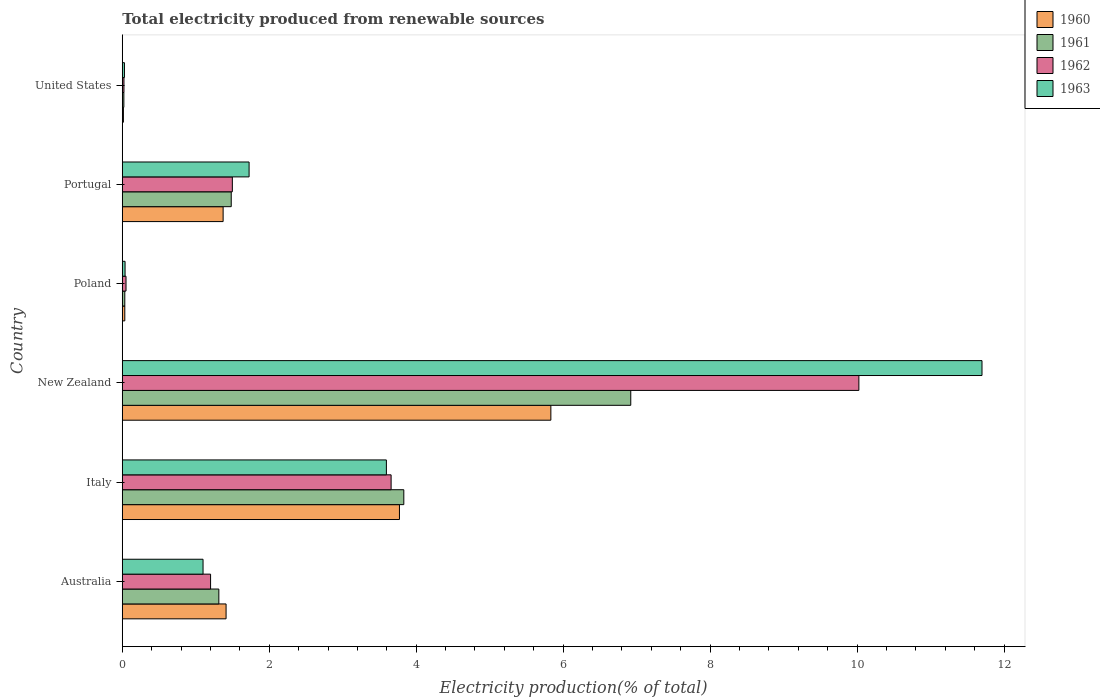
| Country | 1960 | 1961 | 1962 | 1963 |
 | --- | --- | --- | --- | --- |
 | Australia | 1.41 | 1.31 | 1.2 | 1.1 |
 | Italy | 3.77 | 3.83 | 3.66 | 3.59 |
 | New Zealand | 5.83 | 6.92 | 10 | 11.7 |
 | Poland | 0.0342 | 0.0341 | 0.0509 | 0.0379 |
 | Portugal | 1.37 | 1.48 | 1.5 | 1.73 |
 | United States | 0.0153 | 0.0215 | 0.0228 | 0.0294 |